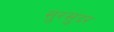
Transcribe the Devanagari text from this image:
सुरसुंदर